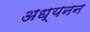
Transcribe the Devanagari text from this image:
अध्यनन